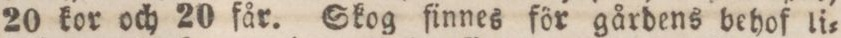
20 kor och 20 får. Skog åinnes för gårdens behof li=